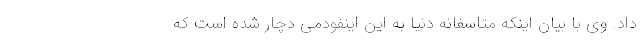
داد. وی با بیان اینکه متاسفانه دنیا به این اینفودمی دچار شده است که